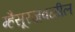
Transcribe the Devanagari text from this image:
म्हैसूरजवळील